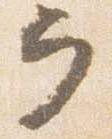
ヲ